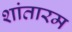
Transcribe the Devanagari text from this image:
शांतारम